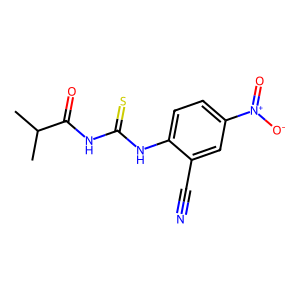
SMILES: CC(C)C(=O)NC(=S)Nc1ccc([N+](=O)[O-])cc1C#N
Inhibits HIV replication: No